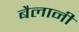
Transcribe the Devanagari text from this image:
बैलानी